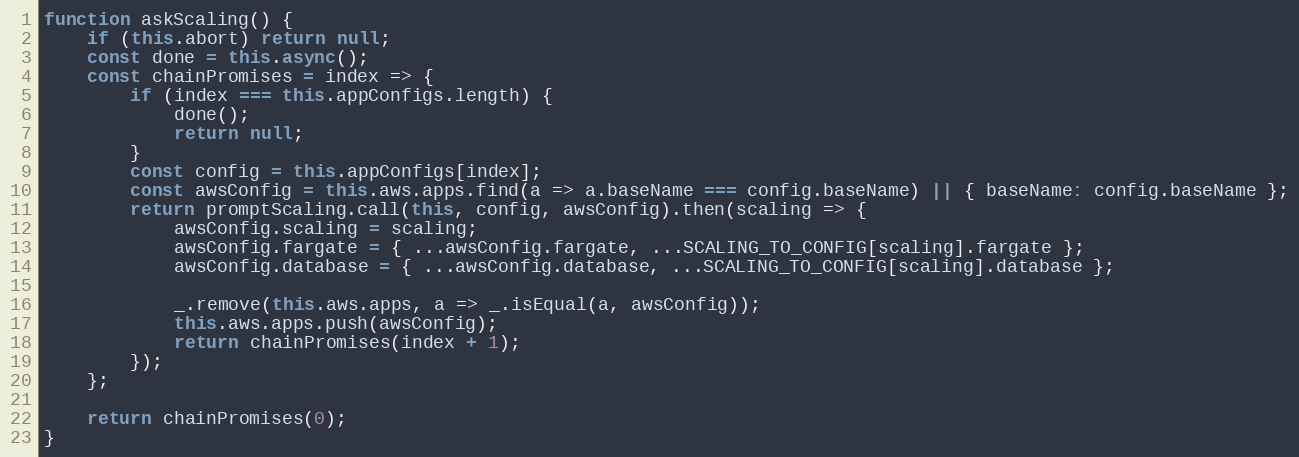
Language: JavaScript
function askScaling() {
    if (this.abort) return null;
    const done = this.async();
    const chainPromises = index => {
        if (index === this.appConfigs.length) {
            done();
            return null;
        }
        const config = this.appConfigs[index];
        const awsConfig = this.aws.apps.find(a => a.baseName === config.baseName) || { baseName: config.baseName };
        return promptScaling.call(this, config, awsConfig).then(scaling => {
            awsConfig.scaling = scaling;
            awsConfig.fargate = { ...awsConfig.fargate, ...SCALING_TO_CONFIG[scaling].fargate };
            awsConfig.database = { ...awsConfig.database, ...SCALING_TO_CONFIG[scaling].database };

            _.remove(this.aws.apps, a => _.isEqual(a, awsConfig));
            this.aws.apps.push(awsConfig);
            return chainPromises(index + 1);
        });
    };

    return chainPromises(0);
}